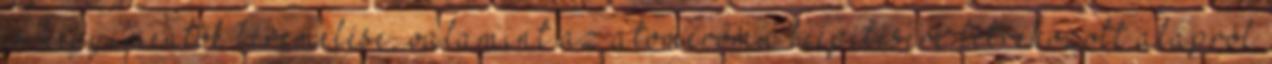
és hegyimentők béremelése, valamint az atomerőmű leépítésére létrehozott alapról